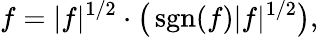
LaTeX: f=|f|^{1/2}\cdot{\big(}\operatorname{sgn}(f)|f|^{1/2}{\big)},